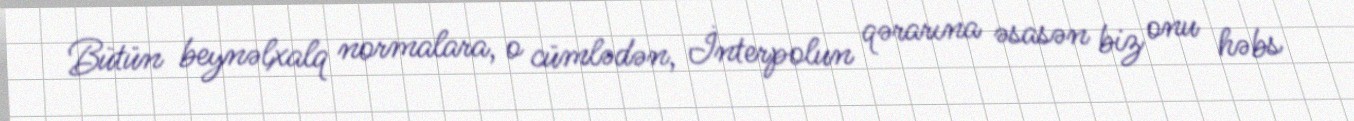
Bütün beynəlxalq normalara, o cümlədən, İnterpolun qərarına əsasən biz onu həbs